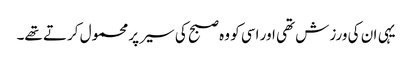
یہی ان کی ورزش تھی اور اسی کو وہ صبح کی سیر پر محمول کرتے تھے۔